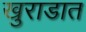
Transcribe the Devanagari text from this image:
खुराडात